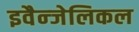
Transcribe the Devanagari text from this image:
इवैन्जेलिकल